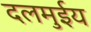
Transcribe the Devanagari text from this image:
दलमुईय